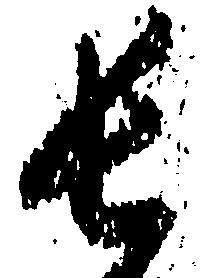
長